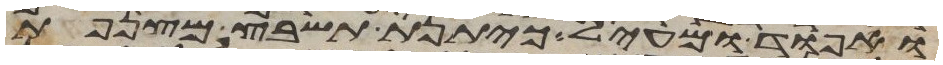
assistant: ואפוד ומעיל כיתנת תשבץ מצנפת